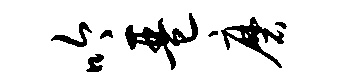
吟琶磨